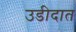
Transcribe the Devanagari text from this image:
उडीदात